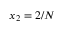
x _ { 2 } = 2 / N